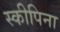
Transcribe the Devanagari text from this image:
स्कीपिना